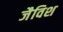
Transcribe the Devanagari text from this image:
जैविश